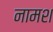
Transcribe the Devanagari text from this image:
नामश